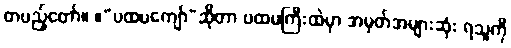
တပည့်တော်။ ။“ပထမကျော်”ဆိုတာ ပထမကြီးထဲမှာ အမှတ်အများဆုံး ရသူကို